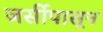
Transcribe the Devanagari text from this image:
जर्सीपासून